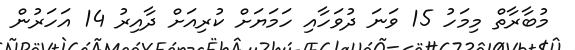
މުބާރާތް މިމަހު 15 ވަނަ ދުވަހާއި ހަމަޔަށް ކުރިއަށް ދާއިރު 14 އަހަރުން